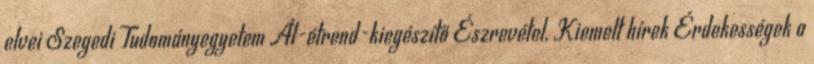
elvei Szegedi Tudományegyetem Ál-étrend-kiegészítő Észrevétel, Kiemelt hírek Érdekességek a